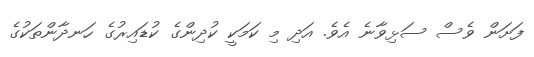
ފަށަން ވެސް ސަޅިވާނެ އެވެ. އަދި މި ކަމަކީ ކުދިންގެ ކުޑައިރުގެ ހަނދާންތަކުގެ